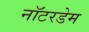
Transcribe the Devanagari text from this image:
नॉटरडेम